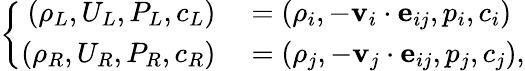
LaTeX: \left\{ \begin{array}{rl}{\left(\rho_{L},U_{L},P_{L},c_{L}\right)}&{{}=\left(\rho_{i},-\textbf{v}_{i}\cdot\textbf{e}_{ij},p_{i},c_{i}\right)}\\ {\left(\rho_{R},U_{R},P_{R},c_{R}\right)}&{{}=\left(\rho_{j},-\textbf{v}_{j}\cdot\textbf{e}_{ij},p_{j},c_{j}\right),}\end{array}\right.